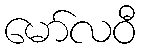
မော်လဝီ